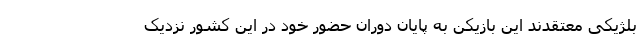
بلژیکی معتقدند این بازیکن به پایان دوران حضور خود در این کشور نزدیک